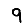
Digit: 9